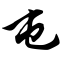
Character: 屯